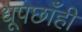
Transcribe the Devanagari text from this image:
धूपछाँही